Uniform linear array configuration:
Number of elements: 64
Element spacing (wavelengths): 0.5
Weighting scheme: kaiser
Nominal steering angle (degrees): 0
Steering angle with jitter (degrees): -0.8927
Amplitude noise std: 0.05
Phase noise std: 0.05

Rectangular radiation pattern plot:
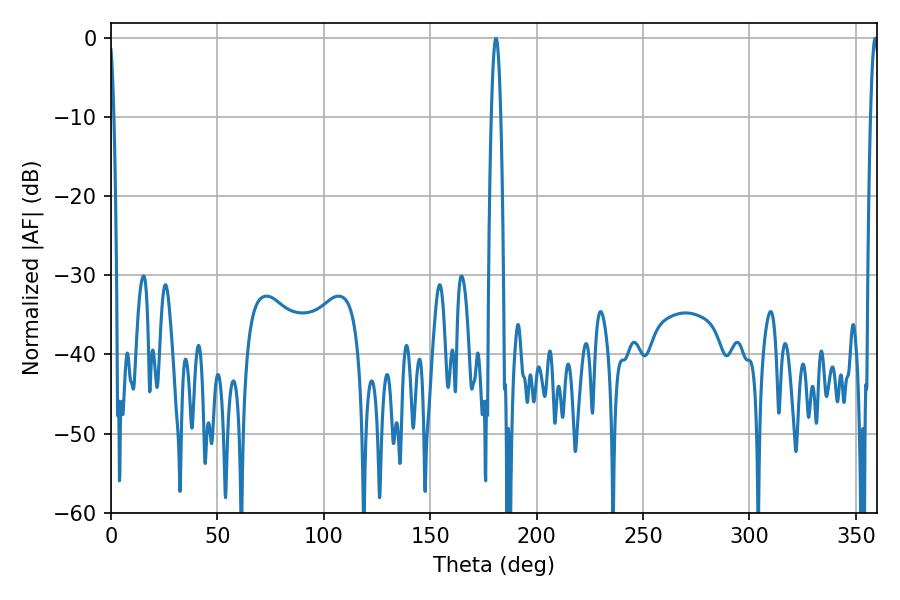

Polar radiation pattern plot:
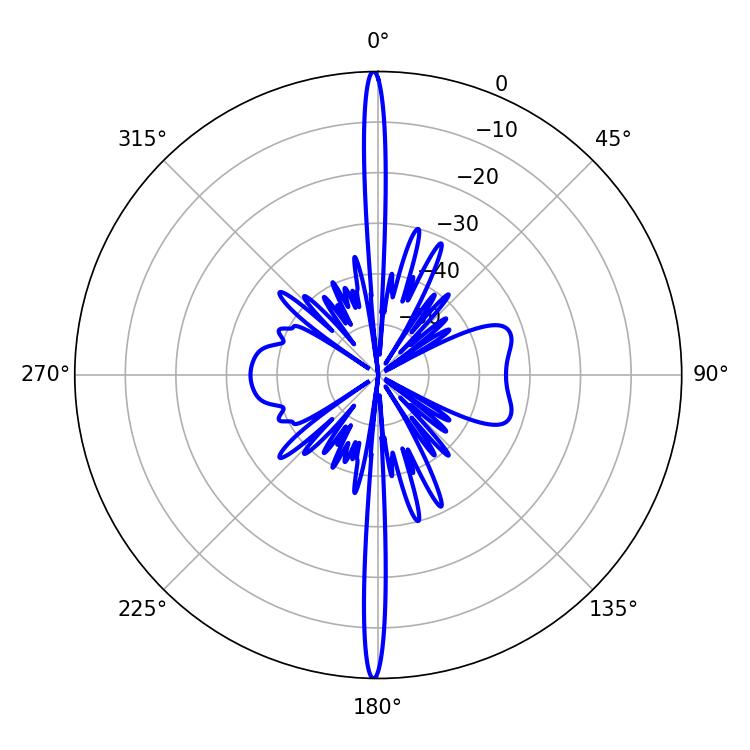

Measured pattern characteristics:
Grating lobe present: FALSE
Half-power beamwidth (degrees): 2.52
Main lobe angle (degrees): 180.9